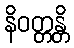
နိဝတ္တန္တိ